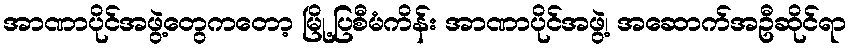
အာဏာပိုင်အဖွဲ့တွေကတော့ မြို့ပြစီမံကိန်း အာဏာပိုင်အဖွဲ့၊ အဆောက်အဦဆိုင်ရာ